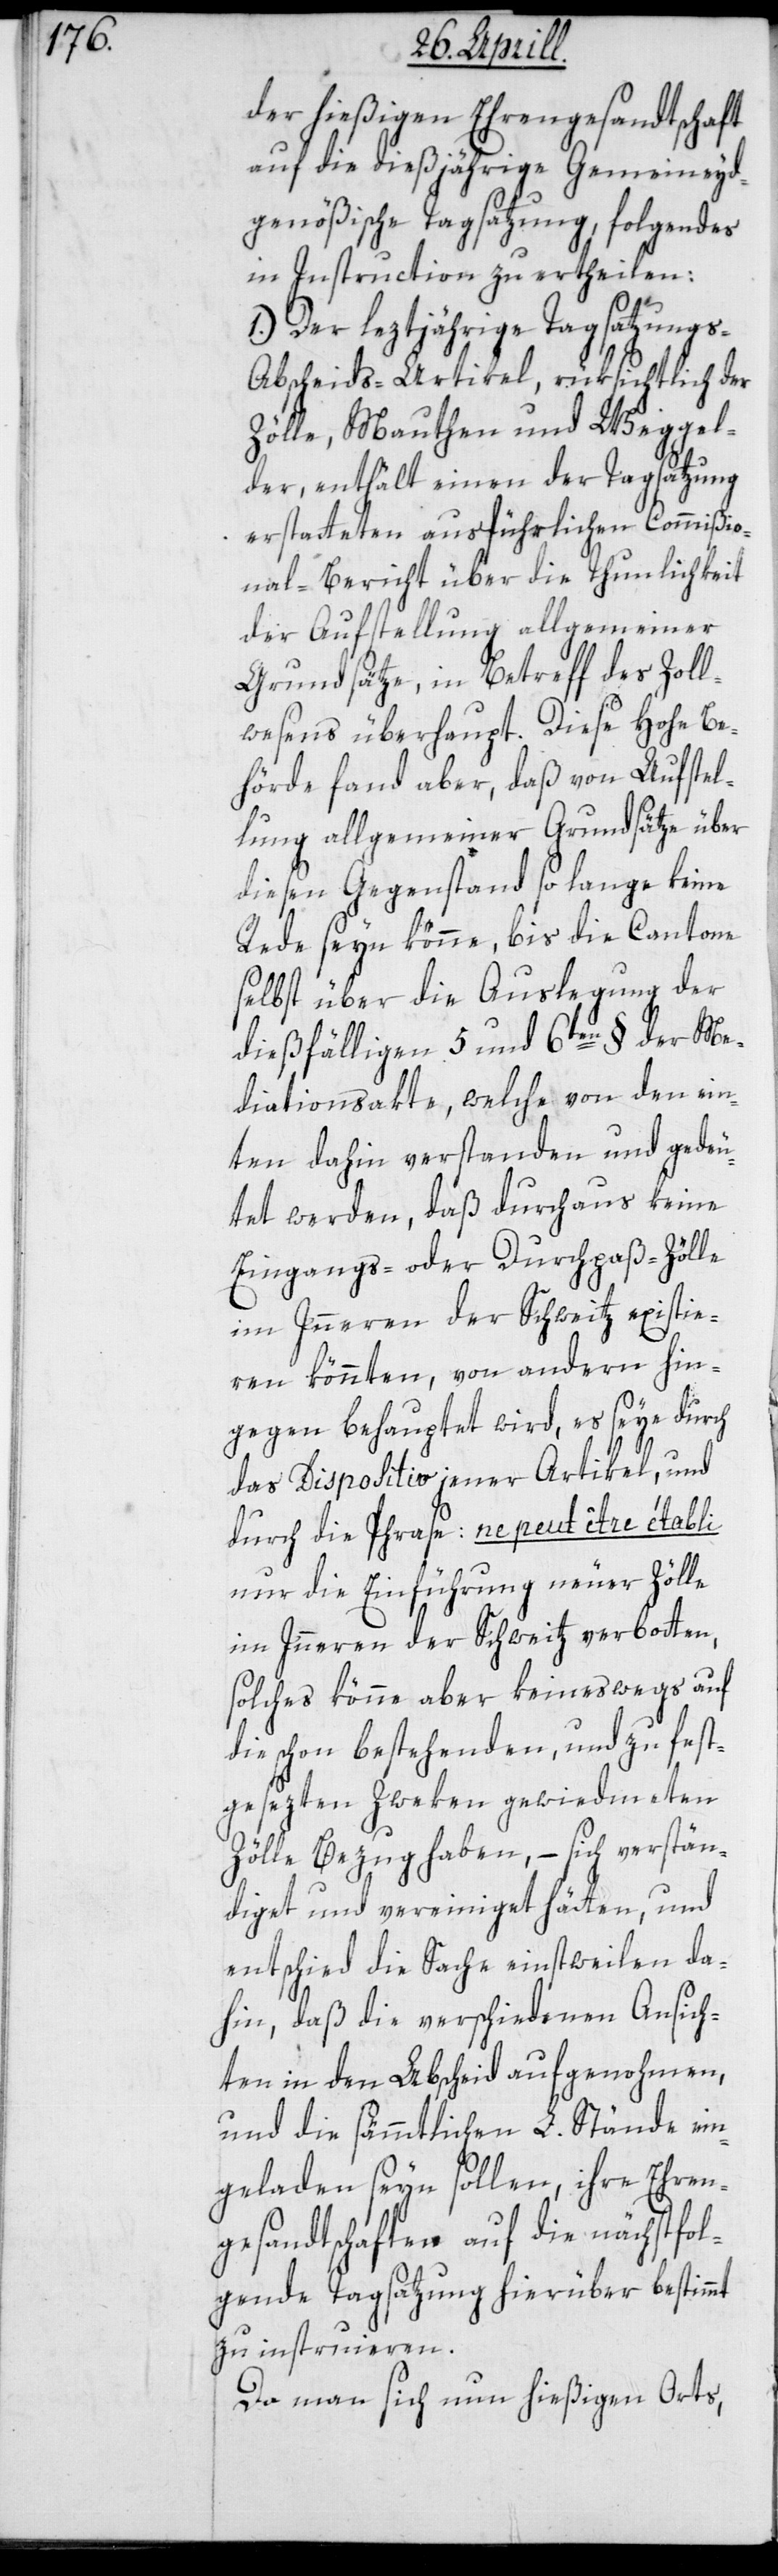
der hießigen Ehrengesandtschaft
auf die dießjährige Gemeineyd¬
genößische Tagsatzung folgendes
in Instruction zu ertheilen:
1.) Der leztjährige Tagsatzungs-A¬
bscheids-Artikel, rüksichtlich der
Zölle, Mauthen und Weggel¬
der, enthält einen der Tagsatzung
erstatteten ausführlichen Commißio¬
nal-Bericht über die Thunlichkeit
der Aufstellung allgemeiner
Grundsätze, in Betreff des Zoll¬
wesens überhaupt. Diese hohe Be¬
hörde fand aber, daß von Aufstel¬
lung allgemeiner Grundsätze über
diesen Gegenstand so lange keine
Rede sein könne, bis die Cantone
selbst über die Auslegung der
dießfälligen 5 und 6ten § der Me¬
diationsakte, welche von den ein¬
ten dahin verstanden und gedeu¬
tet werden, daß durchaus keine
Eingangs- oder Durchpaß-Zölle
im Innern der Schweitz existie¬
ren könnten, von andern hin¬
gegen behauptet wird, es seye durch
das Dispositiv jener Artikel, und
durch die Phrase: ne peut être établi
nur die Einführung neuer Zölle
im Innern der Schweitz verbotten,
solches könne aber keineswegs auf
die schon bestehenden und zu fest¬
gesezten Zweken gewiedmeten
Zölle Bezug haben, – sich verstän¬
diget und vereinigt hätten, und
entschied die Sache einstweilen da¬
hin, daß die verschiedenen Ansich¬
ten in den Abscheid aufgenohmen,
und die sämmtlichen L. Stände ein¬
geladen seyn sollen, ihre Ehren¬
gesandtschaften auf die nächstfol¬
gende Tagsatzung hierüber bestimmt
zu instruieren.
Da man sich nun hießigen Orts,